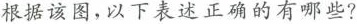
根据该图,以下表述正确的有哪些?